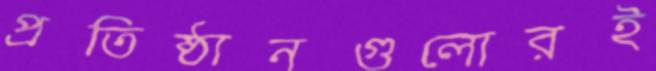
প্রতিষ্ঠানগুলোরই